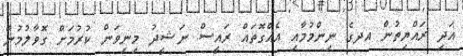
އަދި ރައްޔިތުން އދގެ ނިންމުމާއި އެއްގޮތައް ރައީސް ނަޝީދު މިނިވަން ކުރުމަށް ގޮވާލުމުން